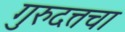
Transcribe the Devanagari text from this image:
गुरुदत्तचा